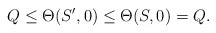
\begin{align*}Q\leq\Theta (S', 0)\leq \Theta (S, 0) =Q.\end{align*}